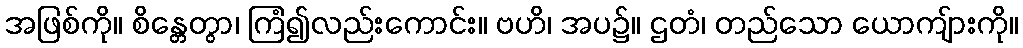
အဖြစ်ကို။ စိန္တေတွာ၊ ကြံ၍လည်းကောင်း။ ဗဟိ၊ အပ၌။ ဌတံ၊ တည်သော ယောကျ်ားကို။